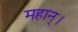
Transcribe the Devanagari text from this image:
महान्‌।